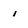
Character: i